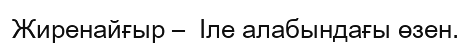
Жиренайғыр –  Іле алабындағы өзен.